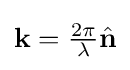
{\textstyle \mathbf {k} ={\frac {2\pi }{\lambda }}{\hat {\mathbf {n} }}}